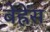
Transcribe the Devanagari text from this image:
बेह्रेंस